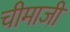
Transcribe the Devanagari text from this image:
चीमाजी